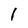
Character: i